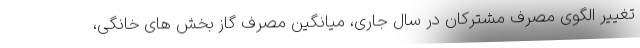
تغییر الگوی مصرف مشترکان در سال جاری، میانگین مصرف گاز بخش های خانگی،